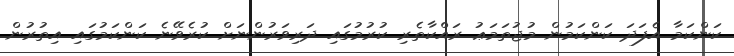
ކަންކަމާ އެފަދަ ކަންކަމުން މުޖުތަމަޢު ރައްކާތެރި ކުރުމުގައި ދަރިވަރުންނަށް ކުރެވޭނެ ކަންކަމުގައި އިތުރުން